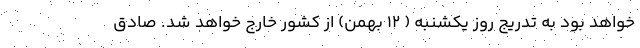
خواهد بود به تدریج روز یکشنبه ( ۱۲ بهمن) از کشور خارج خواهد شد. صادق